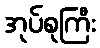
အုပ်စုကြီး